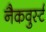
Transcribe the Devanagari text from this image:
नैकवुर्स्ट